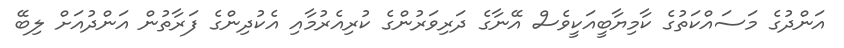
އަންދުގެ މަސައްކަތުގެ ކާމިޔާބީއަކީވެސް އޭނާގެ ދަރިވަރުންގެ ކުރިއެރުމާއި އެކުދިންގެ ފަރާތުން އަންދުއަށް ލިބޭ